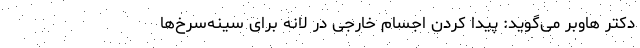
دکتر هاوبر می‌گوید: پیدا کردن اجسام خارجی در لانه برای سینه‌سرخ‌ها